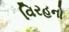
વિરહનો